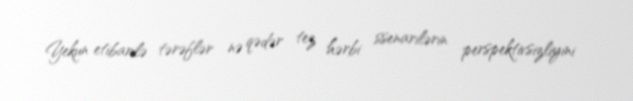
Yekun etibarilə tərəflər nə qədər tez hərbi ssenarilərin perspektivsizliyini